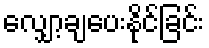
လျှော့ချပေးနိုင်ခြင်း